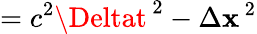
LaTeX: =c^{2}\Deltat^{\, 2}-\Delta\mathbf{x}^{\, 2}